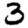
Digit: 3